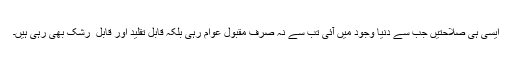
ایسی ہی صلاحتیں جب سے دنیا وجود میں آئی تب سے نہ صرف مقبولِ عوام رہی بلکہ قابلِ تقلید اور قابل ِ رشک بھی رہی ہیں۔